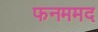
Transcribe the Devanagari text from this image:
फनममद